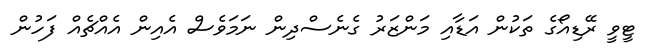
ޓީވީ ރޭޑިއޯގެ ތަކުން އަޑާއި މަންޒަރު ގެނެސްދިން ނަމަވެސް އެއިން އެއްޗެއް ފަހުން